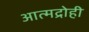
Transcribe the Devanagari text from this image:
आत्मद्रोही